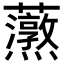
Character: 𧅐